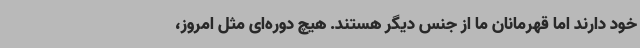
خود دارند اما قهرمانان ما از جنس دیگر هستند. هیچ دوره‌ای مثل امروز،